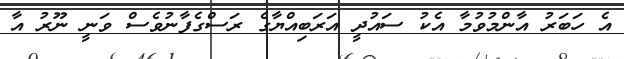
އެ ހަބަރު އާންމުވުމާ އެކު ސައުދީ އަރަބިއްޔާގެ ރަސްގެފާނުވެސް ވަނީ ނޫރު އާ